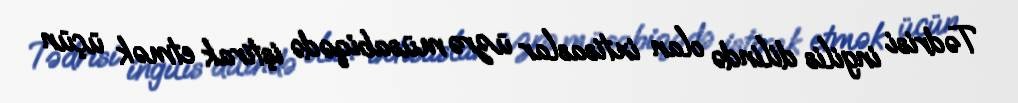
Tədrisi ingilis dilində olan ixtisaslar üzrə müsabiqədə iştirak etmək üçün